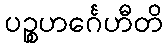
ပဉ္စဟင်္ဂေဟီတိ